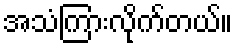
အသံကြားလိုက်တယ်။